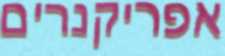
אפריקנרים